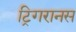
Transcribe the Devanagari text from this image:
ट्रिगरानस